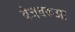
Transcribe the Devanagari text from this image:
बेजबरूआ